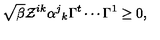
\sqrt { \beta } \mathcal { Z } ^ { i k } \alpha ^ { j } { } _ { k } \Gamma ^ { t } \cdots \Gamma ^ { 1 } \geq 0 ,